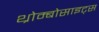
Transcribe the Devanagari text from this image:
थ्रोम्बोसाइट्स